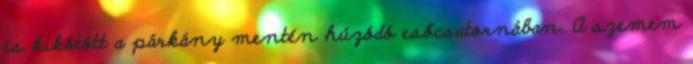
és kikötött a párkány mentén húzódó esőcsatornában. A szemem